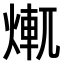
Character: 𤍆